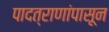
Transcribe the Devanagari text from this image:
पादत्राणांपासून